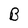
Character: B